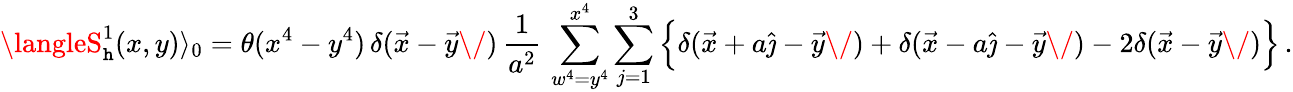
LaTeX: \langleS_{\mathtt{h}}^{1}(x,y)\rangle_{0}=\theta(x^{4}-y^{4})\, \delta(\vec{{x}}-\vec{{y}}\/ )\, {\frac{{1}}{{a^{2}}}}\, \sum_{w^{4}=y^{4}}^{x^{4}}\sum_{j=1}^{3}\Big\{ \delta(\vec{{x}}+a\hat{{\jmath}}-\vec{{y}}\/ )+\delta(\vec{{x}}-a\hat{{\jmath}}-\vec{{y}}\/ )-2\delta(\vec{{x}}-\vec{{y}}\/ )\Big\} \, .